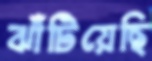
ঝাঁটিয়েছি